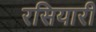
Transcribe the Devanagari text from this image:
रसियारी